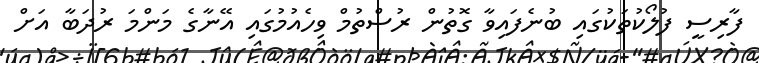
ފާރިސީ ފުލޯކުތަކުގައި ބުނެފައިވާ ގޮތުން ރުސްތުމް ވިހެއުމުގައި އޭނާގެ މަންމަ ރުދަބާ އަށް